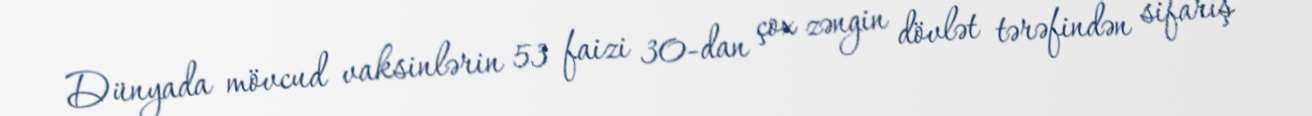
Dünyada mövcud vaksinlərin 53 faizi 30-dan çox zəngin dövlət tərəfindən sifariş